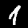
Digit: 1